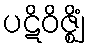
ပဋိဝိဇ္ဈိံ